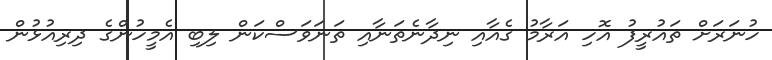
ހުނަރަށް ތައުރީފު އޮހި އަރާމު ގެއާއި ނިދާނެތަނާއި ތަނަވަސްކަން ލިބި އެމީހުންގެ ދިރިއުޅުން